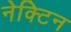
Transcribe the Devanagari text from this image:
नेक्टिन